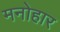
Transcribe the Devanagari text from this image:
मनोहार